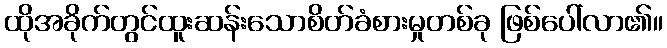
ထိုအခိုက်တွင်ထူးဆန်းသောစိတ်ခံစားမှုတစ်ခု ဖြစ်ပေါ်လာ၏။